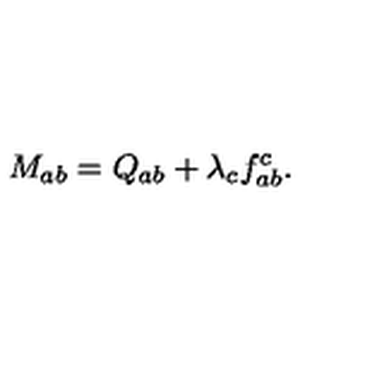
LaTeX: M _ { a b } = Q _ { a b } + \lambda _ { c } f _ { a b } ^ { c } .